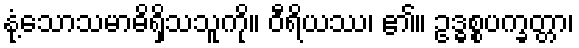
နုံ့သောသမာဓိရှိသသူကို။ ဝီရိယဿ၊ ၏။ ဥဒ္ဓစ္စပက္ခတ္တာ၊